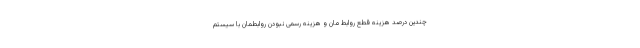
چندین درصد هزینه قطع روابط مان و هزینه رسمی نبودن روابطمان با سیستم